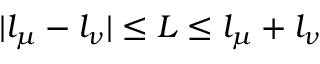
| l _ { \mu } - l _ { \nu } | \leq L \leq l _ { \mu } + l _ { \nu }